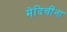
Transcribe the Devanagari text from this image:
मेदिचींना